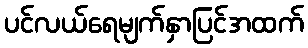
ပင်လယ်ရေမျက်နှာပြင်အထက်